Vaccination in Bombay 1856-1862 - 1856-1862
Year: 1856
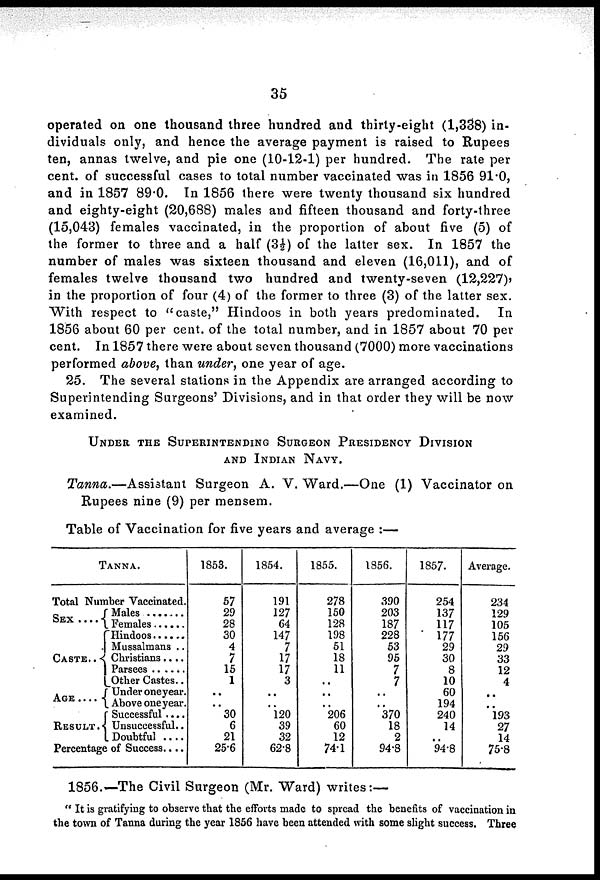
35
operated on one thousand three hundred and thirty-eight (1,338) in-
dividuals only, and hence the average payment is raised to Rupees
ten, annas twelve, and pie one (10-12-1) per hundred. The rate per
cent. of successful cases to total number vaccinated was in 1856 91.0,
and in 1857 89.0. In 1856 there were twenty thousand six hundred
and eighty-eight (20,688) males and fifteen thousand and forty-three
(15,043) females vaccinated, in the proportion of about five (5) of
the former to three and a half (3½) of the latter sex. In 1857 the
number of males was sixteen thousand and eleven (16,011), and of
females twelve thousand two hundred and twenty-seven (12,227)j
in the proportion of four (4) of the former to three (3) of the latter sex.
With respect to "caste," Hindoos in both years predominated.
In
1856 about 60 per cent. of the total number, and in 1857 about 70 per
cent. In 1857 there were about seven thousand (7000) more vaccinations
performed above, than under, one year of age.
25. The several stations in the Appendix are arranged according to
Superintending Surgeons' Divisions, and in that order they will be now
examined.
UNDER THE SUPERINTENDING SURGEON PRESIDENCY DIVISION
AND INDIAN NAVY.
Tanna.—Assistant
Surgeon A. V. Ward.—One (1) Vaccinator on
Rupees nine (9) per mensem.
Table of Vaccination for five years and average :—
TANNA.
Total Number Vaccinated.
SEX
....
CASTE..
AGE ....
RESULT.
Males ........
Females ......
Hindoos ......
Mussalmans ..
Christians....
Parsees ......
Other Castes..
Under one year.
Above one year.
Successful ....
Unsuccessful..
Doubtful ....
Percentage of Success....
1853.
57
29
28
30
4
7
15
1
..
..
30
6
21
25.6
1854.
191
127
64
147
7
17
17
3
..
..
120
39
32
62.8
1855.
278
150
128
198
51
18
11
..
..
..
206
60
12
74.1
1856.
390
203
187
228
53
95
7
7
..
..
370
18
2
94.8
1857.
254
137
117
177
29
30
8
10
60
194
240
14
..
94.8
Average.
234
129
105
156
29
33
12
4
..
..
193
27
14
75.8
1856.—The Civil Surgeon (Mr. Ward) writes:—
" It is gratifying to observe that the efforts made to spread the benefits of vaccination in
the town of Tanna during the year 1856 have been attended with some slight success. Three